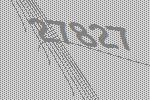
27827